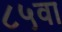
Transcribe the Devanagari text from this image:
८५वा